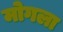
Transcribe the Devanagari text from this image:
मोगला